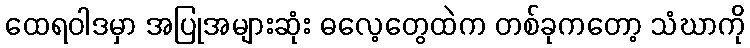
ထေရဝါဒမှာ အပြုအများဆုံး ဓလေ့တွေထဲက တစ်ခုကတော့ သံဃာကို